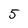
Character: 5